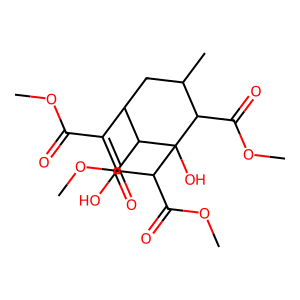
SMILES: COC(=O)C1=C(O)C(C(=O)OC)C2(O)C(C(=O)OC)C(C)CC1C2C(=O)OC
Inhibits HIV replication: No